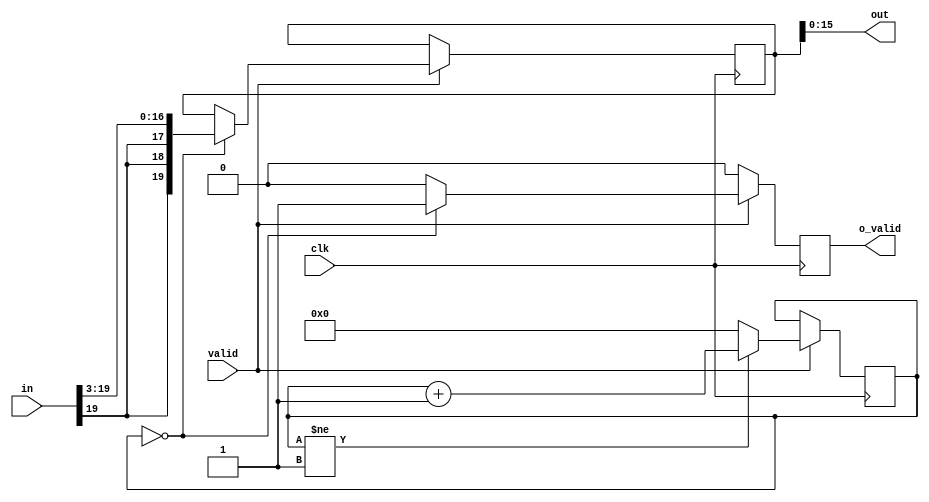
//-----------------------------------------------------------------------------
//
// Title       : decimator_t2
// Design      : arria5_tst1
// Company     : nasa
//
//-----------------------------------------------------------------------------
//
// Generated   : Wed Dec 12 12:06:54 2018
// From        : interface description file
// By          : Itf2Vhdl ver. 1.22
//
//-----------------------------------------------------------------------------
//
// Description : 
//
//-----------------------------------------------------------------------------
`timescale 1 ns / 1 ps

//{{ Section below this comment is automatically maintained
//   and may be overwritten
//{module {decimator_t2}}
module decimator_t2 (
	output wire signed [15:0]  out,
	output wire o_valid,
	input wire clk,
	input wire valid,
	input wire signed [19:0] in
);

parameter dec=2;

reg signed [19:0] data=0; 
reg reg_out_valid=0;
reg [7:0] sch=0;
reg [7:0] test=0;	

always @(posedge clk)
	if (valid)
		begin			
		if (sch==0) 
			begin
	//				 test<=test+1;
					 data<=in>>>3;
				     reg_out_valid<=1;
			end	else reg_out_valid<=0;			
		if (sch!=(dec-1)) sch<=sch+1; else sch<=0;
			
		end	
		else reg_out_valid<=0;
		
	assign out=data[15:0];
	assign o_valid=reg_out_valid;

endmodule